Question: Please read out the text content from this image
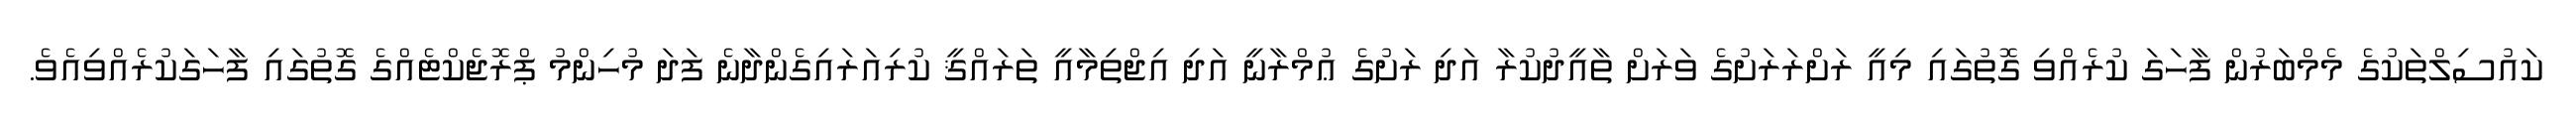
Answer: ކައުސިލްތަކުގެ މެމްބަރުން ފާހަގަ ކުރެއްވި ގޮތުގައި މިއީ ރަށްރަރަށުގެ ވަރަށް ތާއީދުކުރާ އަދި ރަށުގެ ޢުމްރާނީ އަދި އިޖްތިމާއީ ތަރައްޤީ ކުރިއަރައިގެންދާނެ ފަދަ މުހިންމު ޕްރޮޖެކްޓެއްގެ ގޮތުގައި ފާހަގަކުރެއްވިއެވެ.